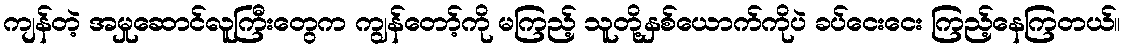
ကျန်တဲ့ အမှုဆောင်လူကြီးတွေက ကျွန်တော့်ကို မကြည့် သူတို့နှစ်ယောက်ကိုပဲ ခပ်ငေးငေး ကြည့်နေကြတယ်။